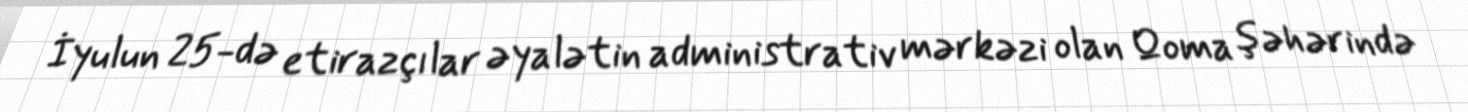
İyulun 25-də etirazçılar əyalətin administrativ mərkəzi olan Qoma şəhərində